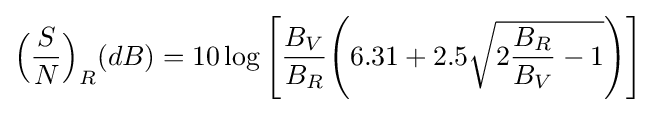
{\Big (}{\frac {S}{N}}{\Big )}_{R}(dB)=10\log {\Bigg [}{\frac {B_{V}}{B_{R}}}{\Bigg (}6.31+2.5{\sqrt {2{\frac {B_{R}}{B_{V}}}-1}}{\Bigg )}{\Bigg ]}